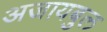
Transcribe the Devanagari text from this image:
अजायबुल